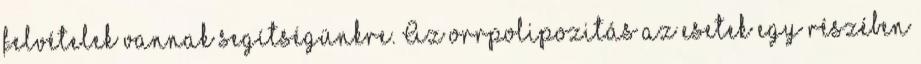
felvételek vannak segítségünkre. Az orrpolipozitás az esetek egy részében